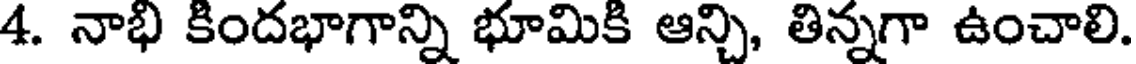
4. నాభి కిందభాగాన్ని భూమికి ఆన్చి, తిన్నగా ఉంచాలి.